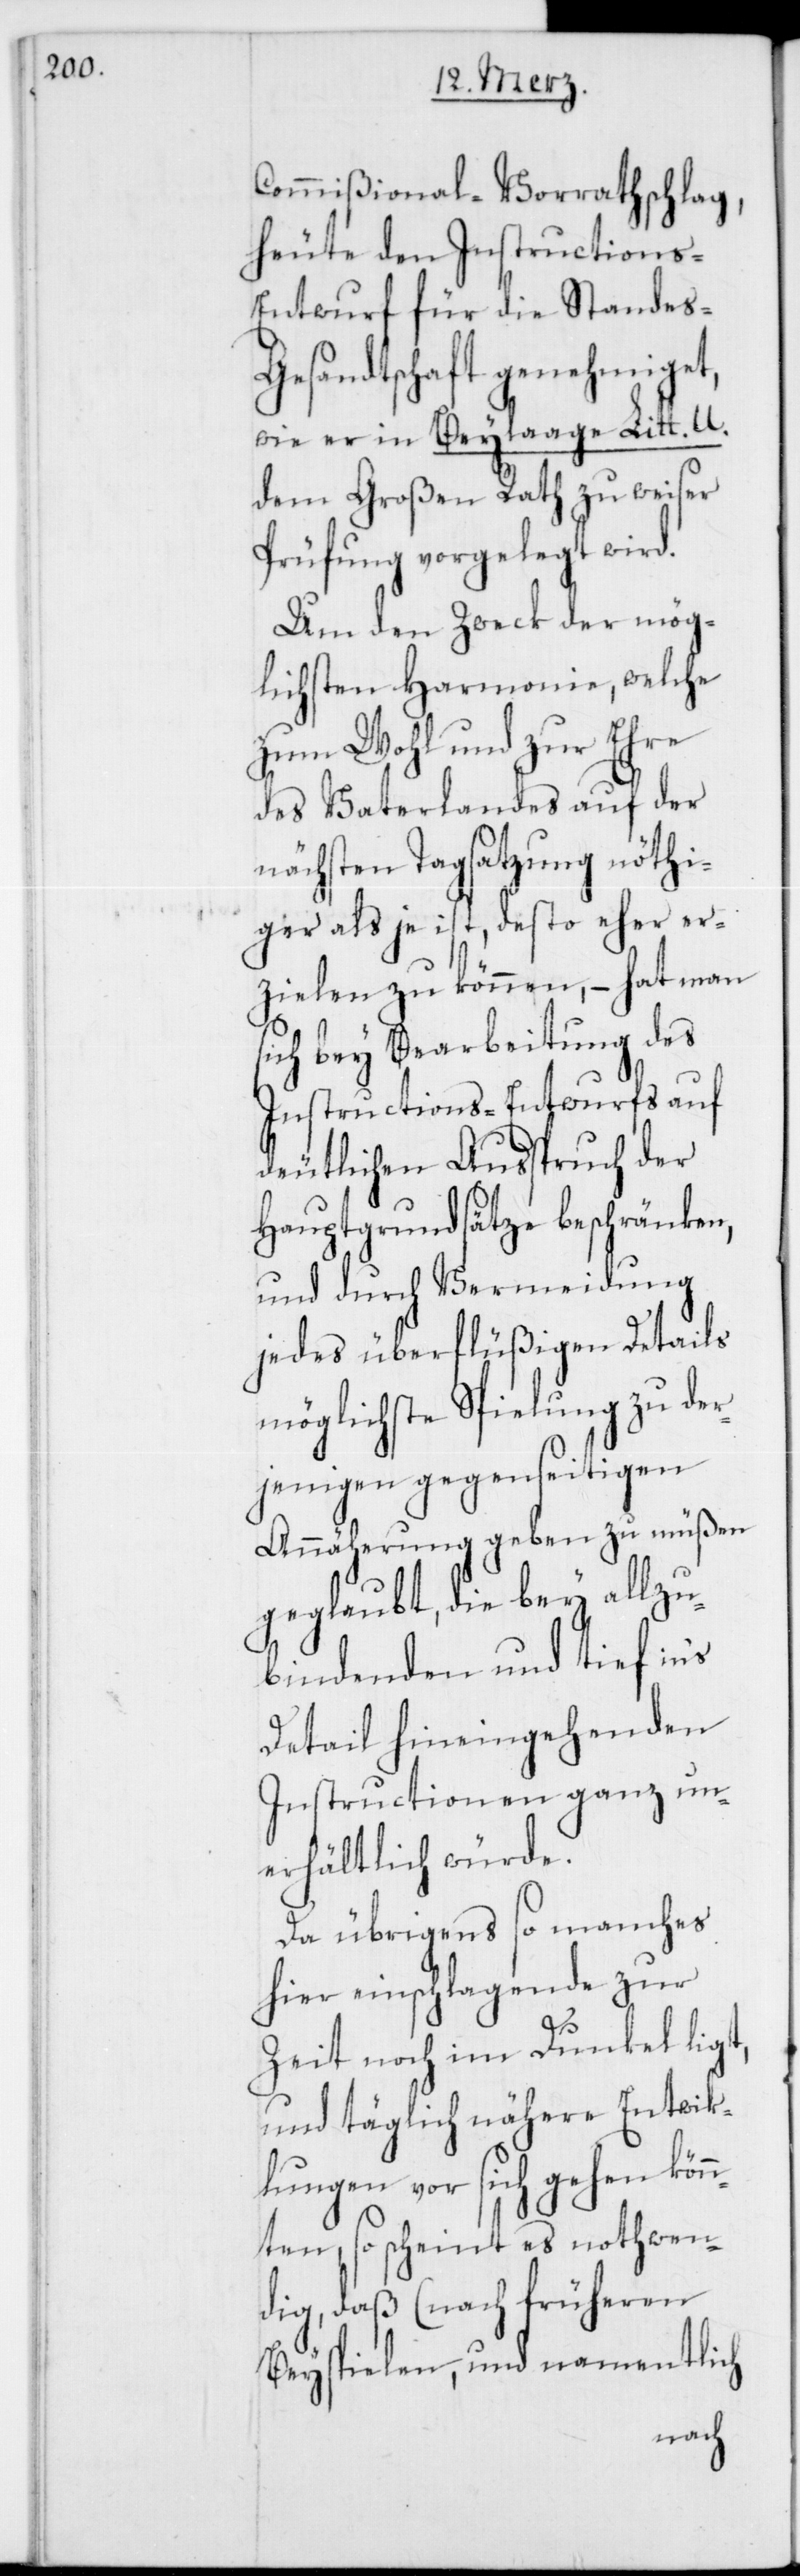
Commißional-Vorrathschlag,
heute den Instructions-E¬
ntwurf für die Standes-G¬
esandtschaft genehmiget,
wie er in Beylaage Litt. U.
dem Großen Rath zu weiser
Prüfung vorgelegt wird.
Um den Zweck der mög¬
lichsten Harmonie, welche
zum Wohl und zur Ehre
des Vaterlandes auf der
nächsten Tagsatzung nöthi¬
ger als je ist, desto eher er¬
zielen zu können, – hat man
sich bey Bearbeitung des
Instructions-Entwurfs auf
deutlichen Ausspruch der
Hauptgrundsätze beschränken,
und durch Vermeidung
jedes überflüßigen Details
möglichste Spielung zu der¬
jenigen gegenseitigen
Annäherung geben zu müßen
geglaubt, die bey allzu
bindenden und tief ins
Detail hineingehenden
Instructionen ganz un¬
erhältlich würde.
Da übrigens so manches
hier einschlagende zur
Zeit noch im Dunkeln ligt,
und täglich nähere Entwik¬
lungen vor sich gehen kön¬
nten, so scheint es nothwen¬
dig, daß (nach früheren
Beyspielen, und namentlich